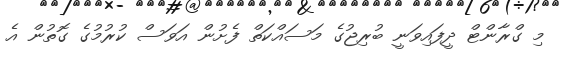
މި ގްރާންޓް ދީފައިވަނީ ބުރިޖުގެ މަސައްކަތް ފެށުން އަަވަސް ކުރުމުގެ ގޮތުން އެ